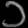
Digit: ၁